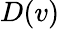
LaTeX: D(v)